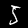
Digit: 5